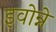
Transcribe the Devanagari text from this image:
इवोन्ने